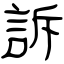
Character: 訴